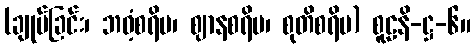
(ချုပ်ခြင်း၊ ဘဝံ့စရိမ၊ ဈာနစရိမ၊ စုတိစရိမ) စူဠနိ-ဋ္ဌ-၆။